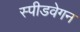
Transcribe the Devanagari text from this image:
स्पीडवेगन